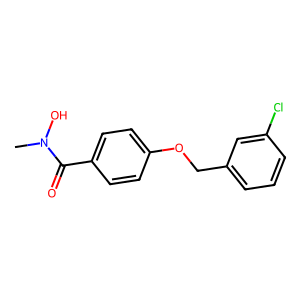
SMILES: CN(O)C(=O)c1ccc(OCc2cccc(Cl)c2)cc1
Inhibits HIV replication: No